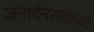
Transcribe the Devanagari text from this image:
जनार्दनरावांच्या